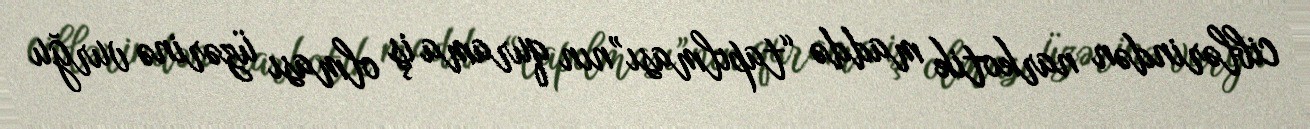
ciblərindən narkotik maddə “tapılması”nın qurama iş olması üzərinə vurğu